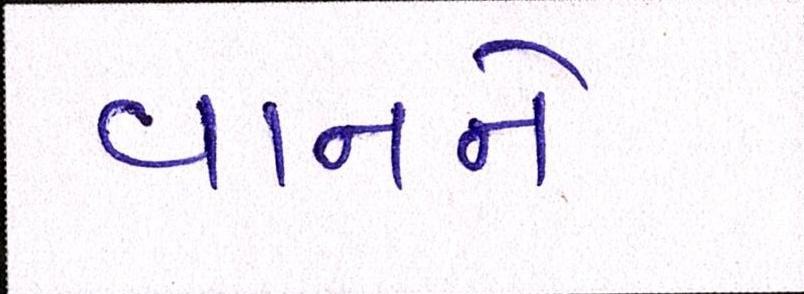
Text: વાનને